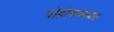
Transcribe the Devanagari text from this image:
पोहोचवण्यात